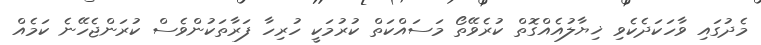
މެދުގައި ވާހަކަދެކެވި ޚިޔާލުއެއްގޮތް ކުރެވޭތޯ މަސައްކަތް ކުރުމަކީ ހުރިހާ ފަރާތަކުންވެސް ކުރަންޖެހޭނެ ކަމެއް